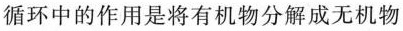
循环中的作用是将有机物分解成无机物